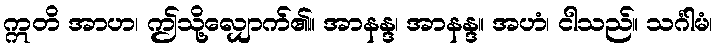
ဣတိ အာဟ၊ ဤသို့လျှောက်၏။ အာနန္ဒ၊ အာနန္ဒ။ အဟံ၊ ငါသည်။ သင်္ဂါမံ၊